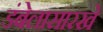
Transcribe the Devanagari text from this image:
डंबेलासारखे